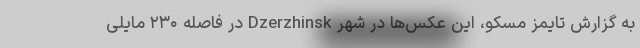
به گزارش تایمز مسکو، این عکس‌ها در شهر Dzerzhinsk در فاصله ۲۳۰ مایلی